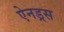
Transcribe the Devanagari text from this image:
ऐनड्रस